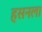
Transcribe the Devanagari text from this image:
हसनला